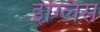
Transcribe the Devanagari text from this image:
इग्लिस